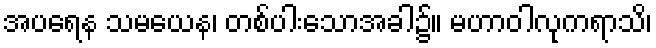
အပရေန သမယေန၊ တစ်ပါးသောအခါ၌။ မဟာဝါလုကရာသိ၊